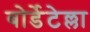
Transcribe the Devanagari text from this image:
बोर्डेटेल्ला